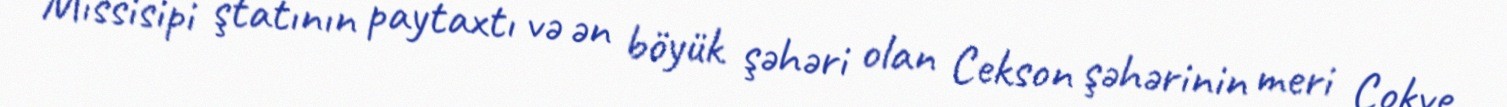
Missisipi ştatının paytaxtı və ən böyük şəhəri olan Cekson şəhərinin meri Çokve